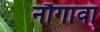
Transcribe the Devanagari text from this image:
नौगावा